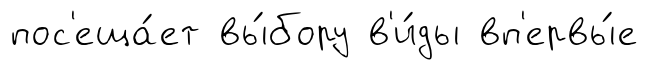
пос'еща́ет вы́бору в'и́ды вп'ервы́е